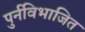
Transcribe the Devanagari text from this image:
पुर्नविभाजित